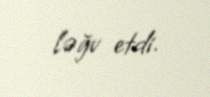
ləğv etdi.